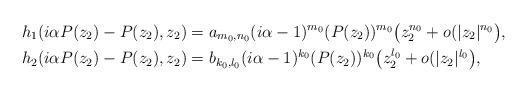
LaTeX: \begin{align*}h_1(i\alpha P(z_2)-P(z_2),z_2)&= a_{m_0,n_0} (i\alpha-1)^{m_0}(P(z_2))^{m_0}\big(z_2^{n_0}+o(|z_2|^{n_0}\big),\\h_2(i\alpha P(z_2)-P(z_2),z_2)&= b_{k_0,l_0} (i\alpha-1)^{k_0}(P(z_2))^{k_0}\big(z_2^{l_0}+o(|z_2|^{l_0}\big),\end{align*}